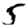
Digit: 5